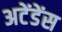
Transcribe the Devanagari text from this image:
अटेंडेंस